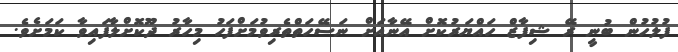
ފުލުހުން ބުނީ ރޭ ޝިފާޒް ހައްޔަރުކޮށް އޭނާއަށް ނަސޭހަތްތެރިވުމަށްފަހު މިހާރު ދޫކޮށްލާފައިވާ ކަަމަށެވެ.